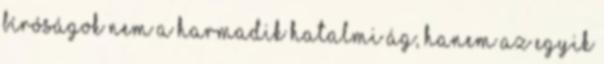
bíróságok nem a harmadik hatalmi ág, hanem az egyik